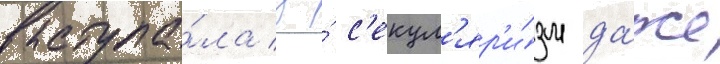
выступа́ла за́ с'екул'яр'и́зм да́же